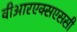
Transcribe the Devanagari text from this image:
वीआरएक्सएससी